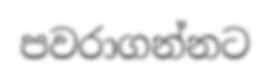
පවරාගන්නට